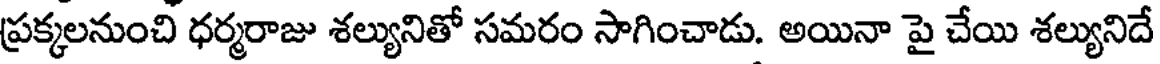
ప్రక్కలనుంచి ధర్మరాజు శల్యునితో సమరం సాగించాడు. అయినా పై చేయి శల్యునిదే